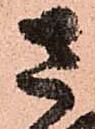
さ